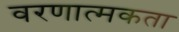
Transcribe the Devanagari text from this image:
वरणात्मकता